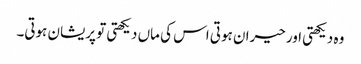
وہ دیکھتی اور حیران ہوتی اس کی ماں دیکھتی تو پریشان ہوتی۔